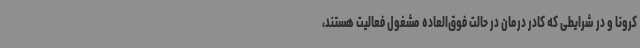
کرونا و در شرایطی که کادر درمان در حالت فوق‌العاده مشغول فعالیت هستند،